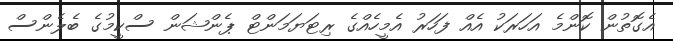
އެގޮތުން ކޮންމެ އަހަރަކު އެއް ފަހަރު އެމީހެއްގެ ރިޓަޔަމަންޓް ޕެންޝަން ސްކީމުގެ ބެލެންސް